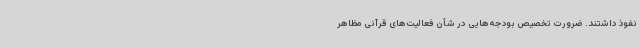
نفوذ داشتند. ضرورت تخصیص بودجه‌هایی در شأن فعالیت‌های قرآنی مظاهر